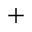
+